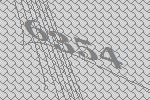
6354